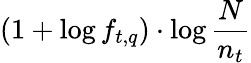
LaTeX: (1+\log f_{t,q})\cdot\log{\frac{N}{n_{t}}}